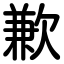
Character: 歉